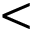
<